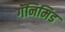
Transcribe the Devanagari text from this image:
गॅनिमिड